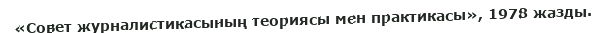
«Совет журналистикасының теориясы мен практикасы», 1978 жазды.